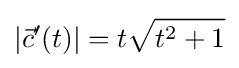
|{\vec {c}}'(t)|=t{\sqrt {t^{2}+1}}